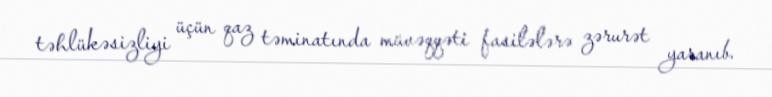
təhlükəsizliyi üçün qaz təminatında müvəqqəti fasilələrə zərurət yaranıb.